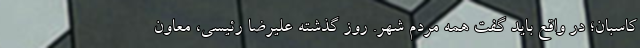
کاسبان؛ در واقع باید گفت همه مردم شهر. روز گذشته علیرضا رئیسی، معاون